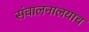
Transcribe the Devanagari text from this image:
संचालनालयाच